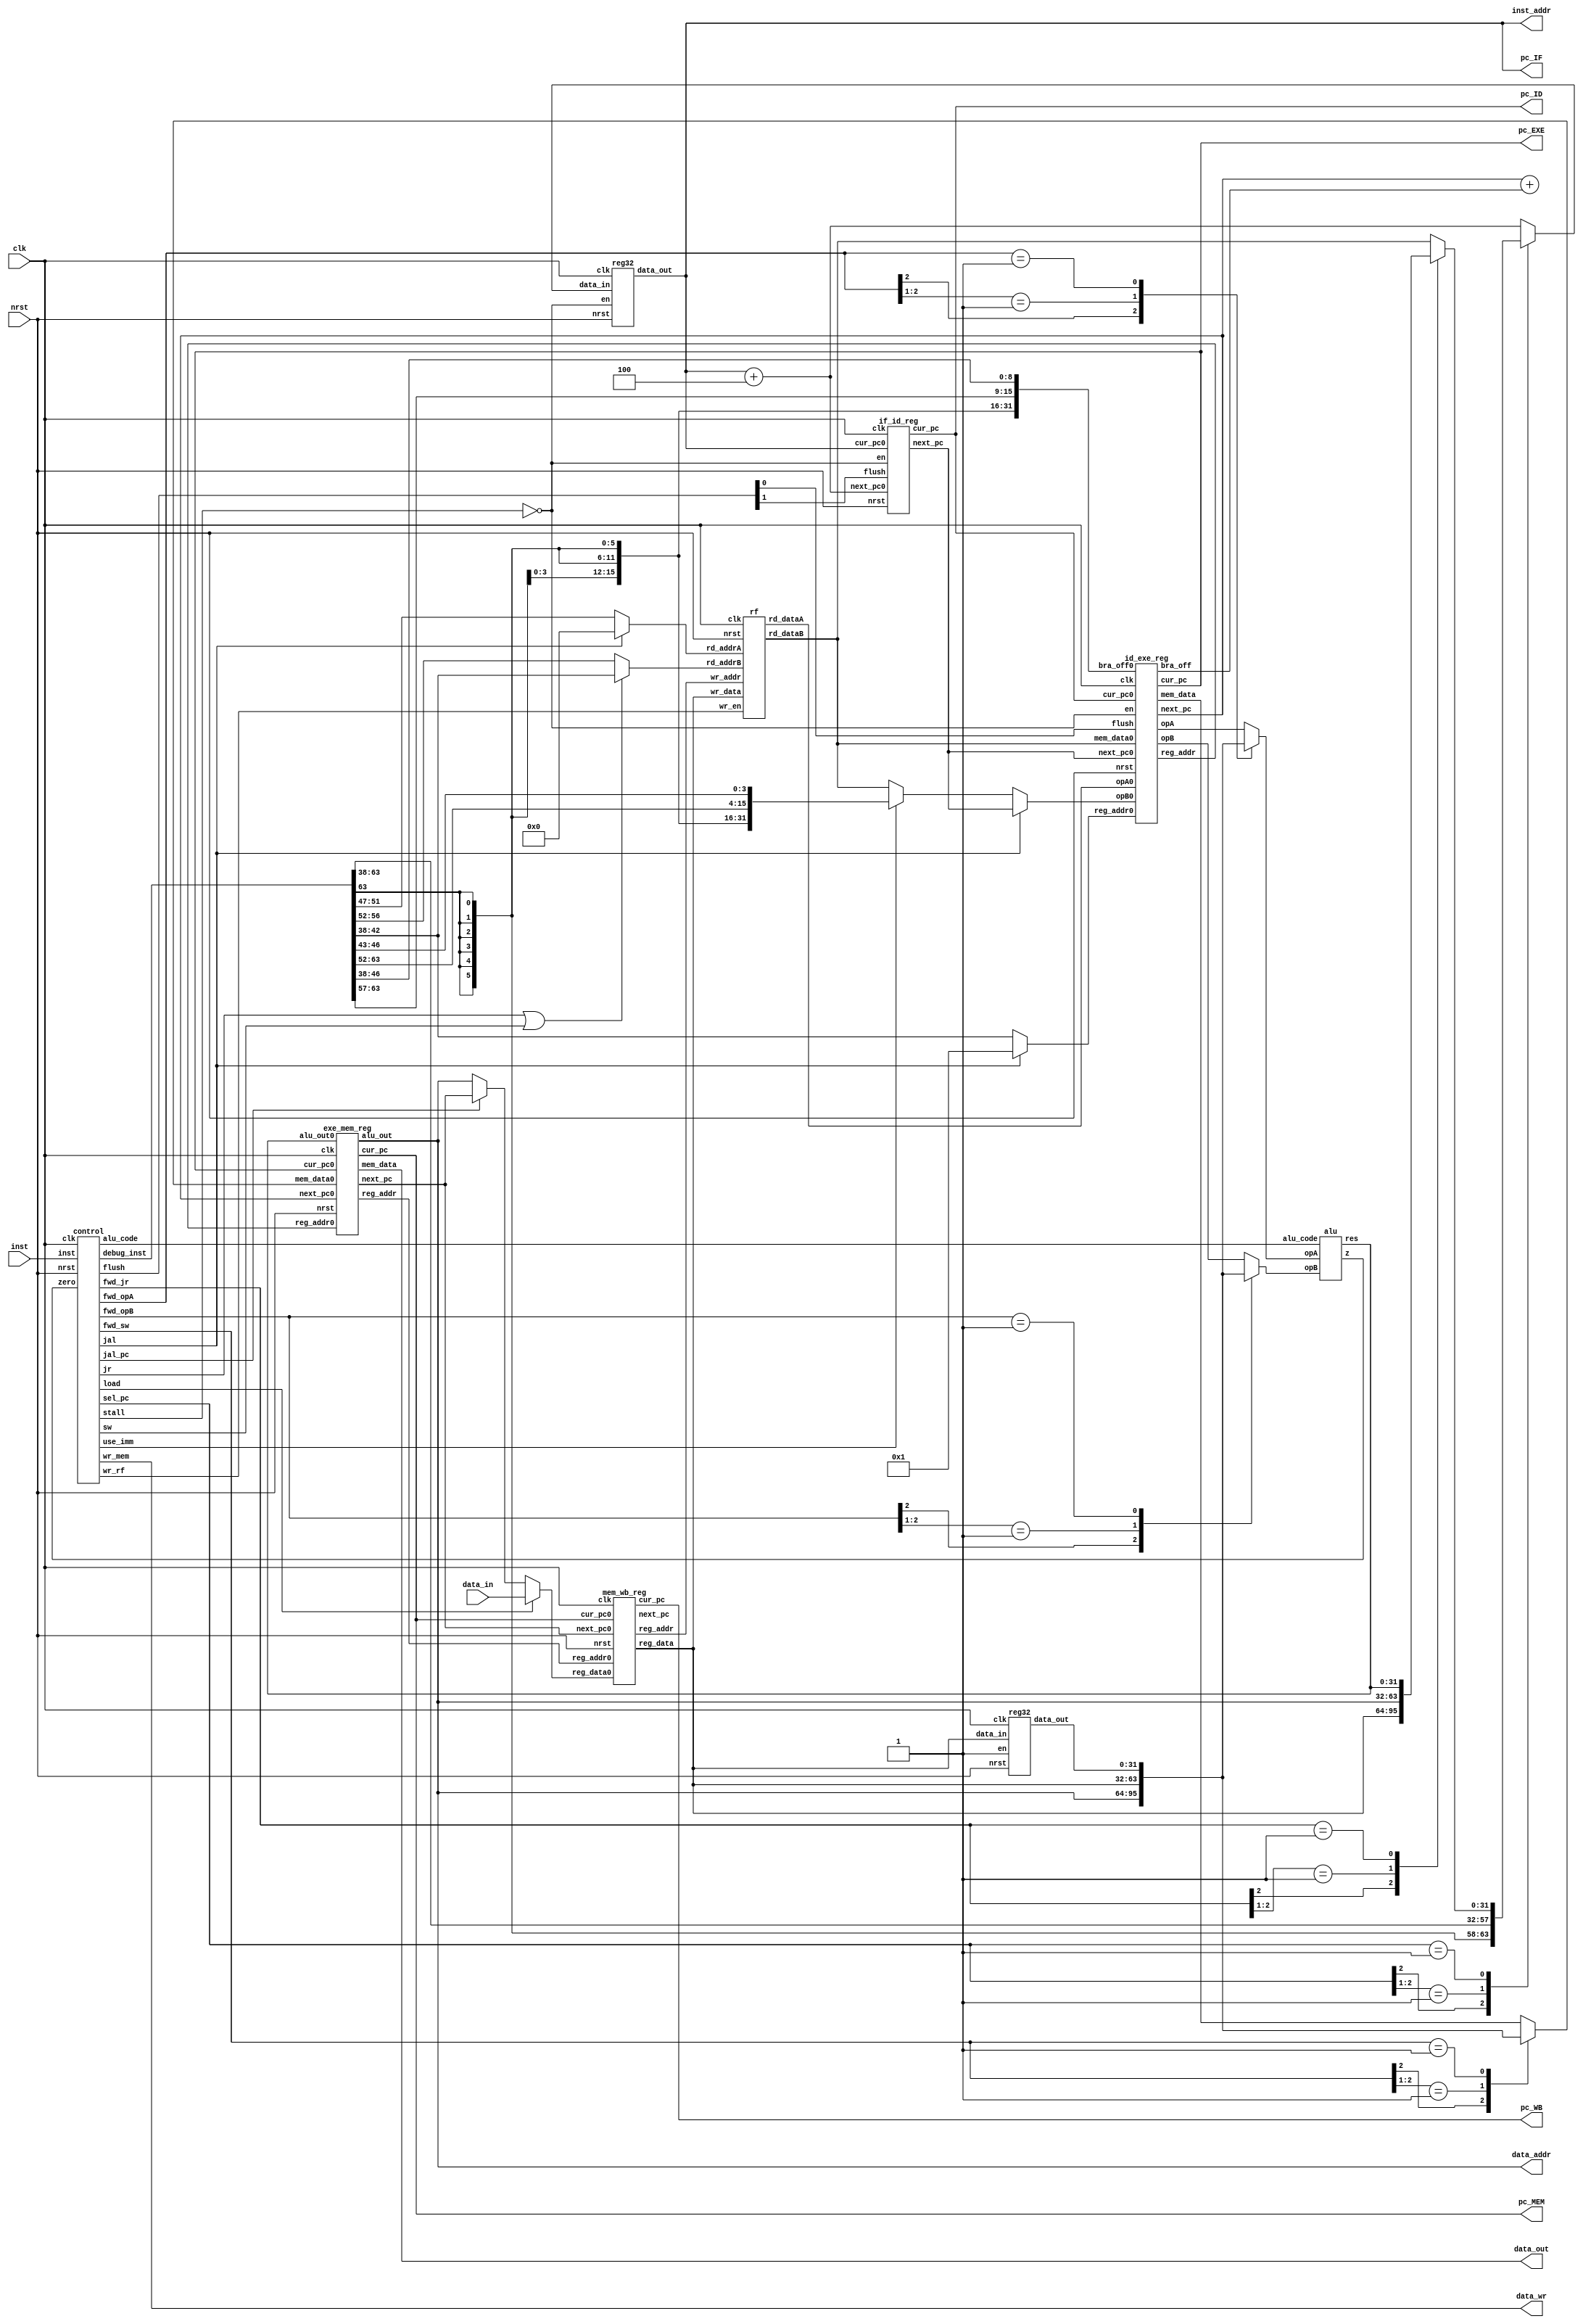
`timescale 1ns/1ps
`define PIPELINE_STAGES 5
module pipeline_riscv (
  input          clk,
  input          nrst,
  input  [31:0]  inst,                          // instruction
  input  [31:0]  data_in,                       // mem data to reg_file
  output [31:0]  inst_addr,                     // PC
  output [31:0]  data_addr,                     // alu_out / mem address
  output [31:0]  data_out,                      // data to mem
  output         data_wr,                       // wr to mem?
  output [31:0]  pc_IF,
  output [31:0]  pc_ID,
  output [31:0]  pc_EXE,
  output [31:0]  pc_MEM,
  output [31:0]  pc_WB
  );
  
/*-----------------------------------------------------------------------------
DECLARATIONS
-----------------------------------------------------------------------------*/
  // IF
  wire [2:0] sel_pc;
  wire [31:0] inst_IF, pc_p4_IF;
  reg [31:0] next_pc, jr_pc;
  wire [2:0] fwd_jr;
  
  // ID
  wire wr_rf, jal, jr, sw, use_imm;
  wire [31:0] inst_ID;
  wire [31:0] pc_p4_ID, bra_off_ID, opA_ID, mem_data_ID;
  wire [31:0] wr_data, rfA, rfB;
  wire [31:0] opB_ID;
  wire [4:0] reg_addr_ID, wr_addr;
  
  wire [5:0] op;
  wire [4:0] rd, rs1, rs2;
  wire [6:0] funct;
  wire [31:0] imm_alu, imm_bra, imm_j;
  
  // EXE
  wire zero;
  wire [6:0] alu_code;
  wire [31:0] inst_EXE;
  wire [31:0] pc_p4_EXE, bra_off_EXE, opA_EXE, opB_EXE, mem_data_EXE0;
  wire [4:0] reg_addr_EXE;
  wire [31:0] bra_pc;
  wire [31:0] alu_out_EXE;
  wire [2:0] fwd_opA, fwd_opB, fwd_sw;
  reg [31:0] opA, opB;
  reg [31:0] mem_data_EXE;
  wire [31:0] fwd0;
  
  // MEM
  wire wr_mem, load, jal_pc;
  wire [31:0] inst_MEM;
  wire [31:0] pc_p4_MEM, mem_data_MEM, alu_out_MEM;
  wire [31:0] fwd1;
  wire [4:0] reg_addr_MEM;
  wire [31:0] reg_data_MEM;
  
  // WB
  wire [31:0] inst_WB;
  wire [31:0] pc_p4_WB, reg_data_WB;
  wire [31:0] fwd2, fwd3;
  wire [4:0] reg_addr_WB;
  
  // CONTROLLER
  wire stall;
  wire [1:0] flush;
  
/*-----------------------------------------------------------------------------
IF
-----------------------------------------------------------------------------*/
  
  assign pc_p4_IF = inst_addr + 4;
  assign pc_IF = inst_addr;
  
  always@(*) begin
    casez (sel_pc)
      3'b1zz:   next_pc = bra_pc;                 // BRA
      3'b01z:   next_pc = imm_j;                  // J, JAL       
      3'b001:   next_pc = jr_pc;                  // JR
      default:  next_pc = pc_p4_IF;               // PC + 4
    endcase
  end
  
  always@(*) begin
    casez (fwd_jr)
      3'b1zz:   jr_pc = fwd2;
      3'b01z:   jr_pc = fwd1;
      3'b001:   jr_pc = fwd0;
      default:  jr_pc = rfB;
    endcase
  end
  
  reg32 PC (
    .clk(clk),
    .nrst(nrst),
    .en(!stall),
    .data_in(next_pc),
    .data_out(inst_addr)
  );
    
/*-----------------------------------------------------------------------------
ID
-----------------------------------------------------------------------------*/
  
  assign op       = inst_ID[5:0];
  assign rd       = inst_ID[10:6];
  assign rs1      = jal ? 0 : inst_ID[19:15];
  assign rs2      = (jr | sw) ? rd : inst_ID[24:20];
  assign funct    = inst_ID[31:25];
  assign imm_alu  = { {16{inst_ID[31]}}, inst_ID[31:20], inst_ID[14:11] };
  assign imm_bra  = { {16{inst_ID[31]}}, inst_ID[31:25], inst_ID[14:6] };
  assign imm_j    = { {6{inst_ID[31]}}, inst_ID[31:6] };
  
  assign bra_off_ID = imm_bra;
  assign opA_ID = rfA;
  assign opB_ID = jal ? pc_p4_ID : (use_imm ? imm_alu : rfB);
  assign mem_data_ID = rfB;
  assign reg_addr_ID = jal ? 1 : rd;
  
  if_id_reg IF_ID (
    .clk(clk),
    .nrst(nrst),
    .en(!stall),
    .flush(flush[1]),
    .cur_pc0(pc_IF),
    .cur_pc(pc_ID),
    .next_pc0(pc_p4_IF),
    .next_pc(pc_p4_ID)
  );
  
  rf RF (
    .clk(clk),
    .nrst(nrst),
    .rd_addrA(rs1),
    .rd_addrB(rs2),
    .wr_en(wr_rf),
    .wr_addr(reg_addr_WB),
    .wr_data(reg_data_WB),
    .rd_dataA(rfA),
    .rd_dataB(rfB)
  );
  
/*-----------------------------------------------------------------------------
EXE
-----------------------------------------------------------------------------*/
  
  assign bra_pc = pc_p4_EXE + bra_off_EXE;
  assign fwd0 = alu_out_EXE;
  
  always@(*) begin
    casez (fwd_opA)
      3'b1zz:   opA = fwd1;                     // fr alu_out_MEM
      3'b01z:   opA = fwd2;                     // fr reg_data_WB
      3'b001:   opA = fwd3;                     // fr reg_data_WB + 1cc  
      default:  opA = opA_EXE;
    endcase
  end
  
  always@(*) begin
    casez (fwd_opB)
      3'b1zz:   opB = fwd1;
      3'b01z:   opB = fwd2;
      3'b001:   opB = fwd3;
      default:  opB = opB_EXE;
    endcase
  end
    
  always@(*) begin
    casez (fwd_sw)
      3'b1zz:   mem_data_EXE = fwd1;                     // fr alu_out_MEM
      3'b01z:   mem_data_EXE = fwd2;                     // fr reg_data_WB
      3'b001:   mem_data_EXE = fwd3;                     // fr reg_data_WB + 1cc  
      default:  mem_data_EXE = mem_data_EXE0;
    endcase
  end
  
  id_exe_reg ID_EXE (
    .clk(clk),
    .nrst(nrst),
    .en(!stall),
    .flush(flush[0]),
    .cur_pc0(pc_ID),
    .cur_pc(pc_EXE),
    .next_pc0(pc_p4_ID),
    .next_pc(pc_p4_EXE),
    .bra_off0(bra_off_ID),
    .bra_off(bra_off_EXE),
    .opA0(opA_ID),
    .opA(opA_EXE),
    .opB0(opB_ID),
    .opB(opB_EXE),
    .mem_data0(mem_data_ID),
    .mem_data(mem_data_EXE0),
    .reg_addr0(reg_addr_ID),
    .reg_addr(reg_addr_EXE)
  );
  
  alu ALU (
    .opA(opA),
    .opB(opB),
    .res(alu_out_EXE),
    .alu_code(alu_code),
    .z(zero)
  );
  
/*-----------------------------------------------------------------------------
MEM
-----------------------------------------------------------------------------*/
  
  assign reg_data_MEM = load ? data_in : (jal_pc ? pc_p4_MEM : alu_out_MEM);
  assign data_addr = alu_out_MEM;
  assign data_out = mem_data_MEM;
  assign data_wr = wr_mem;
  
  assign fwd1 = alu_out_MEM;

  exe_mem_reg EXE_MEM (
    .clk(clk),
    .nrst(nrst),
    .cur_pc0(pc_EXE),
    .cur_pc(pc_MEM),
    .next_pc0(pc_p4_EXE),
    .next_pc(pc_p4_MEM),
    .alu_out0(alu_out_EXE),
    .alu_out(alu_out_MEM),
    .mem_data0(mem_data_EXE),
    .mem_data(mem_data_MEM),
    .reg_addr0(reg_addr_EXE),
    .reg_addr(reg_addr_MEM)
  );
  
/*-----------------------------------------------------------------------------
WB
-----------------------------------------------------------------------------*/
  
  assign fwd2 = reg_data_WB;
  
  mem_wb_reg MEM_WB (
    .clk(clk),
    .nrst(nrst),
    .cur_pc0(pc_MEM),
    .cur_pc(pc_WB),
    .next_pc0(pc_p4_MEM),
    .next_pc(pc_p4_WB),
    .reg_data0(reg_data_MEM),
    .reg_data(reg_data_WB),
    .reg_addr0(reg_addr_MEM),
    .reg_addr(reg_addr_WB)
  );
  
  reg32 FWD_WB (
    .clk(clk),
    .nrst(nrst),
    .en(1'b1),
    .data_in(reg_data_WB),
    .data_out(fwd3)
  );
  
/*-----------------------------------------------------------------------------
CONTROLLER
-----------------------------------------------------------------------------*/
  
  assign data_wr = wr_mem;
  
  control CTRL (
    .clk(clk),
    .nrst(nrst),
    .zero(zero),
    .inst(inst),
    .debug_inst({ inst_WB, inst_MEM, inst_EXE, inst_ID, inst_IF }),
    .alu_code(alu_code),
    .sel_pc(sel_pc),
    .stall(stall),
    .flush(flush),
    .wr_rf(wr_rf),
    .wr_mem(wr_mem),
    .use_imm(use_imm),
    .load(load),
    .jal(jal),
    .jal_pc(jal_pc),
    .jr(jr),
    .fwd_opA(fwd_opA),
    .fwd_opB(fwd_opB),
    .fwd_sw(fwd_sw),
    .fwd_jr(fwd_jr),
    .sw(sw)
  );

endmodule

module control (
  input clk,
  input nrst,
  input zero,
  input [31:0] inst,
  output jr,                                    //
  output jal,                                   //
  output jal_pc,                                //
  output load,                                  //
  output wr_mem,                                //
  output use_imm,                               //
  output sw,                                    //
  output [`PIPELINE_STAGES*32-1:0] debug_inst,  //
  output reg [6:0] alu_code,                    //
  output reg [2:0] sel_pc,                      //
  output reg [1:0] flush,
  output reg wr_rf,                             //
  output stall,
  output [2:0] fwd_opA,                         //        
  output [2:0] fwd_opB,                         //
  output [2:0] fwd_sw,                          //
  output [2:0] fwd_jr                           //    
  );

  genvar i;
  
  wire [5:0] op           [0:4];
  wire [4:0] rd           [0:4];
  wire [4:0] rs1          [0:4];
  wire [4:0] rs2          [0:4];
  wire [6:0] funct        [0:4];
  wire [31:0] inst_cache  [0:4];
  
  assign inst_cache[0] = inst;
  generate
    for (i=0; i<=4; i=i+1) begin
      assign op[i]      = inst_cache[i][5:0];
      assign rd[i]      = inst_cache[i][10:6];
      assign rs1[i]     = inst_cache[i][19:15];
      assign rs2[i]     = inst_cache[i][24:20];
      assign funct[i]   = inst_cache[i][31:25];
    end
  endgenerate
  assign debug_inst = {
    inst_cache[4],                              // WB
    inst_cache[3],                              // MEM
    inst_cache[2],                              // EXE
    inst_cache[1],                              // ID
    inst_cache[0]                               // IF
  };
  
/*-----------------------------------------------------------------------------
inst classification (R, I, L, B, J)
-----------------------------------------------------------------------------*/
  
  reg [4:0] R_type;
  reg [4:0] I_type;
  reg [4:0] L_type;
  reg [4:0] S_type;
  reg [4:0] B_type;
  reg [4:0] J_type;
  generate
    for (i=0; i<=4; i=i+1) begin
      always@(op[i], funct[i]) begin
        R_type[i] = 0;
        I_type[i] = 0;
        L_type[i] = 0;
        S_type[i] = 0;
        B_type[i] = 0;
        J_type[i] = 0;
        case (op[i])
          6'h00:
            if (funct[i]==7'h08)
              J_type[i] = 1;
            else
              R_type[i] = 1;
          6'h08, 6'h0A:
            I_type[i] = 1;
          6'h23:
            L_type[i] = 1;
          6'h2B:
            S_type[i] = 1;
          6'h04, 6'h05:
            B_type[i] = 1;
          6'h02, 6'h03:
            J_type[i] = 1;
          default: begin
            R_type[i] = 0;
            I_type[i] = 0;
            L_type[i] = 0;
            S_type[i] = 0;
            B_type[i] = 0;
            J_type[i] = 0;
          end
        endcase
      end
    end
  endgenerate

/*-----------------------------------------------------------------------------
alu_code
-----------------------------------------------------------------------------*/
  always@(op[2], funct[2]) begin
    case (op[2])
      6'h08, 6'h23, 6'h2B:  alu_code = 7'h20;   // +
      6'h04, 6'h05:         alu_code = 7'h22;   // -
      6'h0A:                alu_code = 7'h2A;   // <
      6'h00:
        if (funct[2]==7'h08)
          alu_code = 7'h20;
        else
          alu_code = funct[2];
      default:              alu_code = 0;
    endcase
  end
  
/*-----------------------------------------------------------------------------
sel_pc
-----------------------------------------------------------------------------*/
  always@(op[1], funct[1], op[2], zero) begin
    case (op[2])
      6'h04: sel_pc[2] = zero;
      6'h05: sel_pc[2] = !zero;
      default: sel_pc[2] = 0;
    endcase
    
    case (op[1])
      6'h02, 6'h03:
        sel_pc[1:0] = 2'b10;
      6'h00:
        if (funct[1]==7'h08)
          sel_pc[1:0] = 2'b01;
        else
          sel_pc[1:0] = 2'b00;
      default:
        sel_pc[1:0] = 0;
    endcase
  end
  
/*-----------------------------------------------------------------------------
jr, jal, jal_pc
-----------------------------------------------------------------------------*/
  assign jr = ((op[1]==0) & (funct[1]==7'h08));
  assign jal = (op[1]==6'h03);
  assign jal_pc = (op[3]==6'h03);
  
/*-----------------------------------------------------------------------------
sw
-----------------------------------------------------------------------------*/
  assign sw = (op[1]==6'h2B);
  
/*-----------------------------------------------------------------------------
use_imm
-----------------------------------------------------------------------------*/
  assign use_imm = I_type[1] || L_type[1] || S_type[1];  

/*-----------------------------------------------------------------------------
load, wr_mem
-----------------------------------------------------------------------------*/
  assign load = L_type[3];
  assign wr_mem = (op[3]==6'h2B);
  
/*-----------------------------------------------------------------------------
wr_rf
-----------------------------------------------------------------------------*/
  always@(op[4]) begin
    case (op[4])
      6'h00, 6'h08, 6'h0A, 6'h23, 6'h03:
        wr_rf = 1;
      default:
        wr_rf = 0;
    endcase
  end

/*-----------------------------------------------------------------------------
dependencies checked @ ID
-----------------------------------------------------------------------------*/
  wire [2:0] Lchk;
  wire [2:0] Ichk;
  wire [2:0] Rchk;
  
  assign Lchk = { L_type[2], L_type[3], L_type[4] };
  assign Ichk = { I_type[2], I_type[3], I_type[4] };
  assign Rchk = { R_type[2], R_type[3], R_type[4] };
  
  wire [2:0] rd_written;
  assign rd_written = Ichk | Rchk | Lchk;
  
  /* 
   * TODO:
   * disable rd check if S, J, or B
   */
  
  reg [2:0] rs1dep;
  reg [5*3-1:0] rs1_chk;
  // rs1 always checked against rd if !J_type
  always@(J_type[1], rd_written, rs1[1], rd[2], rd[3], rd[4]) begin
    if (rs1[1]!=0 && !J_type[1]) begin
      rs1_chk = ~( {3{rs1[1]}} ^ {rd[2], rd[3], rd[4]} );
      rs1dep = {
        (&rs1_chk[14:10]),
        (&rs1_chk[9:5]),
        (&rs1_chk[4:0])
      } & rd_written;
    end else begin
      rs1_chk = 0;
      rs1dep = 0;
    end
  end
  
  reg [2:0] rs2dep;
  reg [5*3-1:0] rs2_chk;
  // rs2 checked against rd if R_type || B_type
  always@(R_type[1], B_type[1], rd_written, rs2[1], rd[2], rd[3], rd[4]) begin
    if (rs2[1]!=0 && (R_type[1] || B_type[1])) begin
      rs2_chk = ~( {3{rs2[1]}} ^ {rd[2], rd[3], rd[4]} );
      rs2dep = {
        (&rs2_chk[14:10]),
        (&rs2_chk[9:5]),
        (&rs2_chk[4:0])        
      } & rd_written;
    end else begin
      rs2_chk = 0;
      rs2dep = 0;
    end
  end
  
  reg [2:0] rddep;
  reg [5*3-1:0] rd_chk;
  // rd checked against rd if JR or SW
  always@(J_type[1], S_type[1], funct[1], rd_written, rd[1], rd[2], rd[3], rd[4]) begin
    if (rd[1]!=0 && ((J_type[1] && funct[1]==7'h08) || S_type[1]==6'h2B)) begin
      rd_chk = ~( {3{rd[1]}} ^ {rd[2], rd[3], rd[4]} );
      rddep = {
        (&rd_chk[14:10]),
        (&rd_chk[9:5]),
        (&rd_chk[4:0])
      } & rd_written;
    end else begin
      rd_chk = 0;
      rddep = 0;
    end
  end
  
/*-----------------------------------------------------------------------------
stall
-----------------------------------------------------------------------------*/
  assign stall = |( (rs1dep | rs2dep | rddep) & Lchk );
  
/*-----------------------------------------------------------------------------
flush
-----------------------------------------------------------------------------*/
  always@(J_type[1], op[2], zero) begin
    if ( (op[2]==6'h04 && zero) || (op[2]==6'h05 && !zero) )
      flush = 2'b11;
    else
      if (J_type[1])
        flush = 2'b10;
      else
        flush = 2'b00;
  end
  
  
  reg_fwd FWD_VECTOR (
    .clk(clk),
    .nrst(nrst),
    .fwd_opA0(rs1dep),
    .fwd_opB0(rs2dep),
    .fwd_jr0(rddep),
    .fwd_opA(fwd_opA),
    .fwd_opB(fwd_opB),
    .fwd_sw(fwd_sw),
    .fwd_jr(fwd_jr)
  );
  
  reg32 if_id (
    .clk(clk),
    .nrst(nrst & !flush[1]),
    .en(!stall),
    .data_in(inst_cache[0]),
    .data_out(inst_cache[1])
  );
  
  reg32 id_exe (
    .clk(clk),
    .nrst(nrst & !flush[0] & !stall),
    .en(1'b1),
    .data_in(inst_cache[1]),
    .data_out(inst_cache[2])
  );
  
  reg32 exe_mem (
    .clk(clk),
    .nrst(nrst),
    .en(1'b1),
    .data_in(inst_cache[2]),
    .data_out(inst_cache[3])
  );
  
  reg32 mem_wb (
    .clk(clk),
    .nrst(nrst),
    .en(1'b1),
    .data_in(inst_cache[3]),
    .data_out(inst_cache[4])
  );
    
endmodule

module if_id_reg (
  input               clk,
  input               nrst,
  input               en,
  input               flush,
  input       [31:0]  cur_pc0,
  input       [31:0]  next_pc0,
  output reg  [31:0]  cur_pc,
  output reg  [31:0]  next_pc
  );
  
  always@(posedge clk) begin
    if (!nrst | flush) begin
      cur_pc <= 0;
      next_pc <= 0;
    end else begin
      if (en) begin
        cur_pc <= cur_pc0;
        next_pc <= next_pc0;
      end
    end
  end
  
endmodule

module id_exe_reg (
  input               clk,
  input               nrst,
  input               en,
  input               flush,
  input       [31:0]  cur_pc0,
  input       [31:0]  next_pc0,
  input       [31:0]  bra_off0,
  input       [31:0]  opA0,
  input       [31:0]  opB0,
  input       [31:0]  mem_data0,
  input       [4:0]   reg_addr0,
  output reg  [31:0]  cur_pc,
  output reg  [31:0]  next_pc,
  output reg  [31:0]  bra_off,
  output reg  [31:0]  opA,
  output reg  [31:0]  opB,
  output reg  [31:0]  mem_data,
  output reg  [4:0]   reg_addr
  );
  
  always@(posedge clk) begin
    if (!nrst | flush | !en) begin
      cur_pc   <= 0;
      next_pc  <= 0;
      bra_off  <= 0;
      opA      <= 0;
      opB      <= 0;
      mem_data <= 0;
      reg_addr <= 0;
    end else begin
      cur_pc   <= cur_pc0;
      next_pc  <= next_pc0;
      bra_off  <= bra_off0;
      opA      <= opA0;
      opB      <= opB0;
      mem_data <= mem_data0;
      reg_addr <= reg_addr0;
    end
  end
  
endmodule

module exe_mem_reg (
  input               clk,
  input               nrst,
  input       [31:0]  cur_pc0,
  input       [31:0]  next_pc0,
  input       [31:0]  alu_out0,
  input       [31:0]  mem_data0,
  input       [4:0]   reg_addr0,
  output reg  [31:0]  cur_pc,
  output reg  [31:0]  next_pc,
  output reg  [31:0]  alu_out,
  output reg  [31:0]  mem_data,
  output reg  [4:0]   reg_addr
  );
  
  always@(posedge clk) begin
    if (!nrst) begin
      cur_pc   <= 0;
      next_pc  <= 0;
      alu_out  <= 0;
      mem_data <= 0;
      reg_addr <= 0;
    end else begin
      cur_pc   <= cur_pc0;
      next_pc  <= next_pc0;
      alu_out  <= alu_out0;
      mem_data <= mem_data0;
      reg_addr <= reg_addr0;
    end
  end
  
endmodule

module mem_wb_reg (
  input               clk,
  input               nrst,
  input       [31:0]  cur_pc0,
  input       [31:0]  next_pc0,
  input       [31:0]  reg_data0,
  input       [4:0]   reg_addr0,
  output reg  [31:0]  cur_pc,
  output reg  [31:0]  next_pc,
  output reg  [31:0]  reg_data,
  output reg  [4:0]   reg_addr
  );
  
  always@(posedge clk) begin
    if (!nrst) begin
      cur_pc  <= 0;
      next_pc  <= 0;
      reg_data <= 0;
      reg_addr <= 0;
    end else begin
      cur_pc   <= cur_pc0;
      next_pc  <= next_pc0;
      reg_data <= reg_data0;
      reg_addr <= reg_addr0;
    end
  end
  
endmodule

module alu (
  input signed      [31:0]  opA,
  input signed      [31:0]  opB,
  output reg signed [31:0]  res,
  input             [6:0]   alu_code,
  output                    z
  );
  
  /*
   * alu_code:
   * 0x20       : +
   * 0x22       : -
   * 0x24       : &
   * 0x25       : |
   * 0x26       : ^
   * 0x2A       : <
   */
  
  reg valid;
  assign z = (~|res)&valid;
  
  always@(*) begin
    valid = 1;
    case (alu_code)
      7'h20: begin
        res = opA + opB;
      end
      7'h22: begin
        res = opA - opB;
      end
      /*
      7'h24:
        res = opA & opB;
      7'h25:
        res = opA | opB;
      7'h26:
        res = opA ^ opB;
      */
      7'h0A, 6'h2A:
        if (opA < opB)
          res = 1;
        else
          res = 0;
      default: begin
        res = 0;
        valid = 0;
      end
    endcase
  end
endmodule

module rf (
  input           clk,
  input           nrst,
  input           wr_en,
  input   [4:0]   rd_addrA,
  input   [4:0]   rd_addrB,
  input   [4:0]   wr_addr,
  input   [31:0]  wr_data,
  output  [31:0]  rd_dataA,
  output  [31:0]  rd_dataB
  );

  reg [31:0] mem [31:0];
  integer i;
  assign rd_dataA = mem[rd_addrA];
  assign rd_dataB = mem[rd_addrB];

	always@(posedge clk) begin
		if (!nrst)
			for (i=0;i<=31;i=i+1)
				mem[i] <= 0;
		else
			if (wr_en)
				if (wr_addr!=0)
					mem[wr_addr] <= wr_data;
	end

endmodule

module reg_fwd(
  input             clk,
  input             nrst,
  input       [2:0] fwd_opA0,
  input       [2:0] fwd_opB0,
  input       [2:0] fwd_jr0,
  output reg  [2:0] fwd_opA,
  output reg  [2:0] fwd_opB,
  output reg  [2:0] fwd_sw,
  output      [2:0] fwd_jr
  );
  
  assign fwd_jr = fwd_jr0;
  
  always@(posedge clk) begin
    if (!nrst) begin
      fwd_opA <= 0;
      fwd_opB <= 0;
      fwd_sw  <= 0;
    end else begin
      fwd_opA <= fwd_opA0;
      fwd_opB <= fwd_opB0;
      fwd_sw  <= fwd_jr0;
    end
  end
endmodule

module reg32(
  input clk,
  input nrst,
  input en,
  input [31:0] data_in,
  output reg [31:0] data_out
  );
  
  always@(posedge clk) begin
    if (!nrst)
      data_out <= 0;
    else
      if (en)
        data_out <= data_in;
  end
endmodule